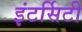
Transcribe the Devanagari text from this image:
इंटर्सिटी